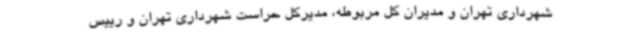
شهرداری تهران و مدیران کل مربوطه، مدیرکل حراست شهرداری تهران و رییس